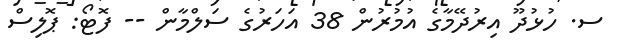
ސ. ހުޅުދޫ އިރުދޭމާގެ އުމުރުން 38 އަހަރުގެ ސަލްމާން -- ފޮޓޯ: ޕޮލިސް